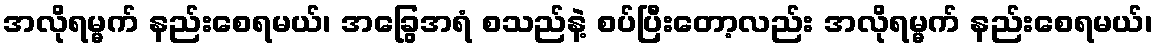
အလိုရမ္မက် နည်းစေရမယ်၊ အခြွေအရံ စသည်နဲ့ စပ်ပြီးတော့လည်း အလိုရမ္မက် နည်းစေရမယ်၊